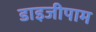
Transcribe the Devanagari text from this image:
डाइजीपाम